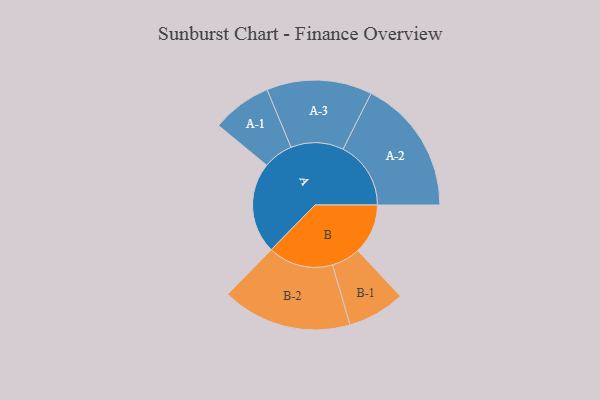
{"axis": {"x": "Segment", "y": "Value"}, "legend": ["", "A", "B"], "data": [{"x": "A", "y": 387, "type": ""}, {"x": "B", "y": 213, "type": ""}, {"x": "A-1", "y": 127, "type": "A"}, {"x": "A-2", "y": 288, "type": "A"}, {"x": "A-3", "y": 224, "type": "A"}, {"x": "B-1", "y": 122, "type": "B"}, {"x": "B-2", "y": 276, "type": "B"}]}